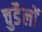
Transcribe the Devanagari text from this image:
चुडैलों